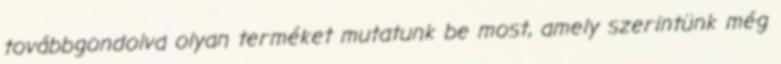
továbbgondolva olyan terméket mutatunk be most, amely szerintünk még